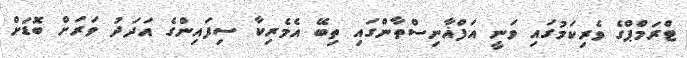
ޓްރަމްޕްގެ ވެރިކަމުގައި ވަނީ އަފްޣާނިސްތާންގައި ތިބޭ އެމެރިކާ ސިފައިންގެ އަދަދު ވަރަށް ބޮޑަށް